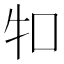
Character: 𤘘